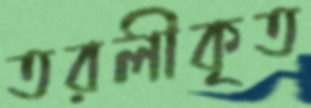
তরলীকৃত